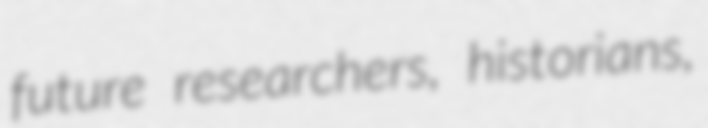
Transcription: future researchers, historians,